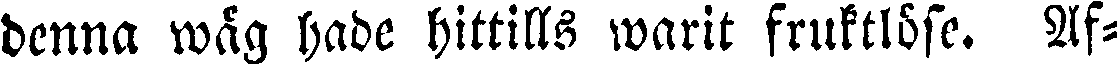
denna wäg hade hittills warit fruktlöse. Af-